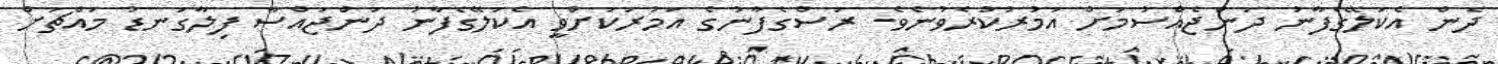
ދެން އެކަލޭގެފާނު ދަންޖެއްސުމަށް އަމުރުކުރެވުނެވެ. ރަސްގެފާނުގެ އަމުރަކަށްވީ އެކަލޭގެފާނު ދަންޖައްސާ ފިލާގަނޑު މައްޗަށް